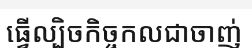
ធ្វើល្បិចកិច្ចកលជាចាញ់